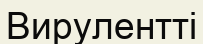
Вирулентті